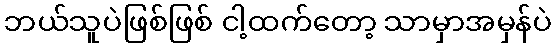
ဘယ်သူပဲဖြစ်ဖြစ် ငါ့ထက်တော့ သာမှာအမှန်ပဲ